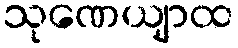
သုဏေယျာထ